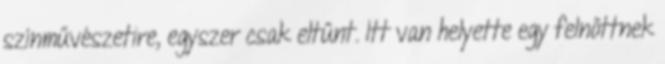
színművészetire, egyszer csak eltűnt. Itt van helyette egy felnőttnek